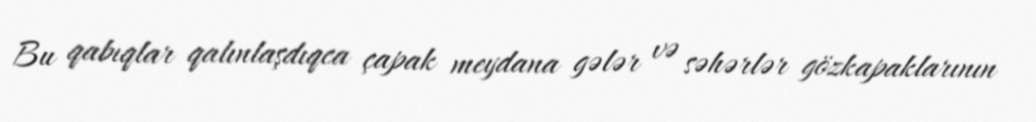
Bu qabıqlar qalınlaşdıqca çapak meydana gələr və səhərlər gözkapaklarının